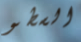
السطو